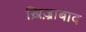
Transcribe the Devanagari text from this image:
ख़िज़्राबाद